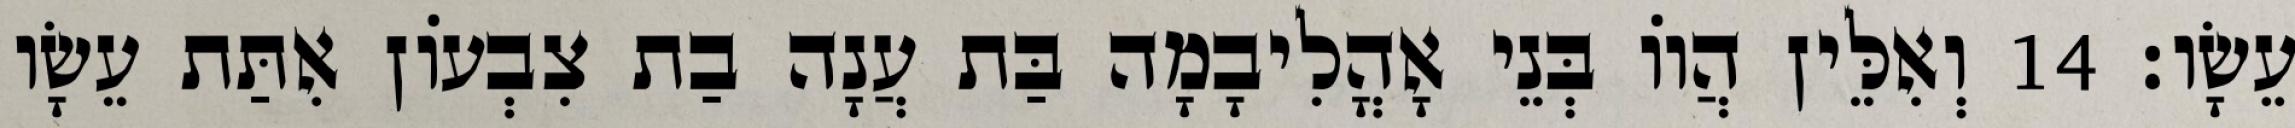
עֵשָׂו׃ 14 וְאִלֵּין הֲווֹ בְּנֵי אָהֳלִיבָמָה בַּת עֲנָה בַת צִבְעוֹן אִתַּת עֵשָׂו